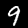
Label: 9